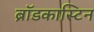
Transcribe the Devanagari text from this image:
ब्रॉडकास्टिन